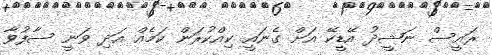
ރައީސް ނަޝީދު އޭޑީކޭ އަށް ގެނައީ ކިއްކުރަން ކަމެއް އަދި ވަނީ ސާފުވާ